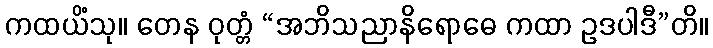
ကထယိံသု။ တေန ဝုတ္တံ “အဘိသညာနိရောဓေ ကထာ ဥဒပါဒီ”တိ။